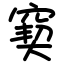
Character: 窫